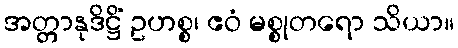
အတ္တာနုဒိဋ္ဌိံ ဥဟစ္စ၊ ဧဝံ မစ္စုတရော သိယာ။